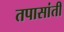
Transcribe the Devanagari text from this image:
तपासांती